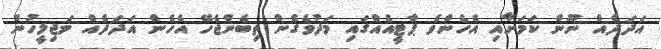
އަދަދެއް ނޫން ކަމަށާއި އެހެންވެ ޕާޓީއެއްގައި މަދުވެގެން ތިބެންޖެހޭ އެހެން އަދަދެއް މަޖިލީހުން